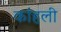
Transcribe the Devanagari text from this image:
कांहली